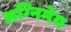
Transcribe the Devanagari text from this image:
अग्‍निमेय